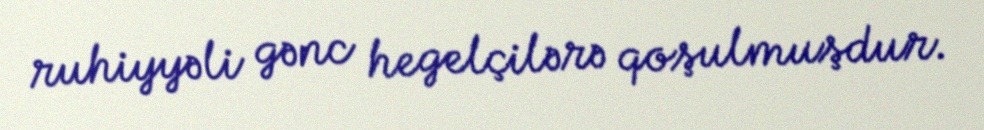
ruhiyyəli gənc hegelçilərə qoşulmuşdur.